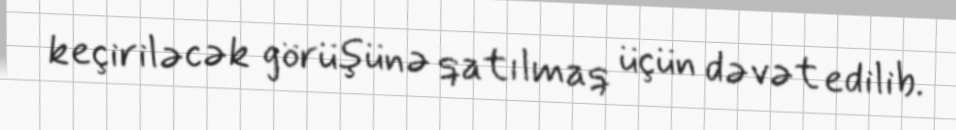
keçiriləcək görüşünə qatılmaq üçün dəvət edilib.